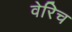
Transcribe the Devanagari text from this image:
वेरिच